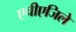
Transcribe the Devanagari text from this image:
एचीएजिले